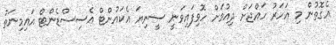
އެގޮތުން މި އަހަރު ހައްޖަށް ދިއުމަށް ހޮވިފައިވަނީ ސީނިޔަ އެކައުންޓް އެސިސްޑެންޓް އައިމިނަތު